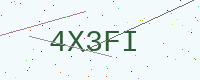
Text: 4X3FI